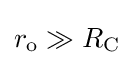
r_{\text{o}}\gg R_{\text{C}}